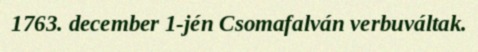
1763. december 1-jén Csomafalván verbuváltak.